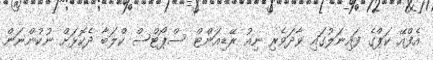
އެފްއޭ ކަޕްގެ ފައިނަލުގައި ވާދަވެރި ނިއު ރޭޑިއަންޓް ސްޕޯޓްސް ކްލަބާ ދެކޮޅަށް ނުކުންނަން